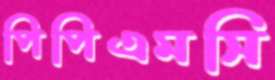
পিপিএমসি